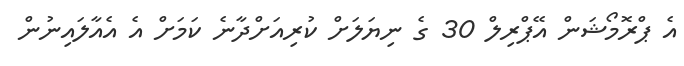
އެ ޕްރޮމޯޝަން އޭޕްރިލް 30 ގެ ނިޔަލަށް ކުރިއަށްދާނެ ކަމަށް އެ އެއާލައިނުން